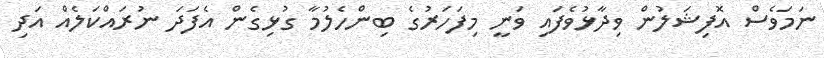
ނަމަވެސް އޮފިޝަލުން ވިދާޅުވެފައި ވަނީ މިފަހަރުގެ ބިންހެލުމާ ގުޅިގެން އެފަދަ ނުރައްކަލެއް އަދި